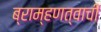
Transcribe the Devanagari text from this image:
ब्राम्हणत्वाची